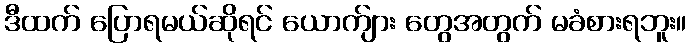
ဒီထက် ပြောရမယ်ဆိုရင် ယောက်ျား တွေအတွက် မခံစားရဘူး။